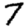
Digit: 7